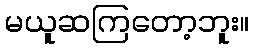
မယူဆကြတော့ဘူး။